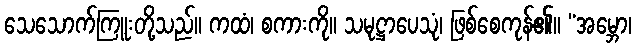
သေသောက်ကြူးတို့သည်။ ကထံ၊ စကားကို။ သမုဋ္ဌာပေသုံ၊ ဖြစ်စေကုန်၏။ “အမ္ဘော၊